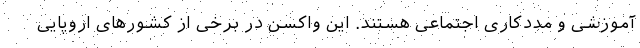
آموزشی و مددکاری اجتماعی هستند. این واکسن در برخی از کشورهای اروپایی